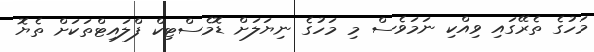
މަހުގެ ތެރޭގައި ވިއްކި ނަމަވެސް މި މަހުގެ ނިޔަލަށް ޑޮމެސްޓިކް ފްލައިޓްތަކަށް ތެޔޮ